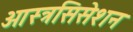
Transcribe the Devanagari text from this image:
ओस्त्रसिसेशन